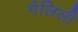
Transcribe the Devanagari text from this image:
गेलिली